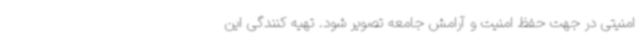
امنیتی در جهت حفظ امنیت و آرامش جامعه تصویر شود. تهیه کنندگی این